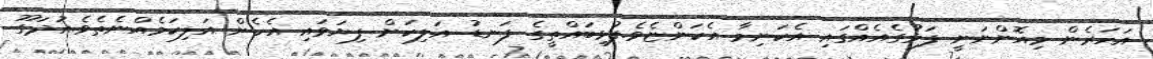
އަހަރެން މިއޮންނަނީ ފަޅުގެއެއްގައި އެކަނިމާ އެކަންޏެވެ.ފުޅިބައްތީގެ ފަނޑު އަލިކަން ފިޔަވައި އެހެން އަލިކަމެއްނެތެވެ.އުދަގޫ